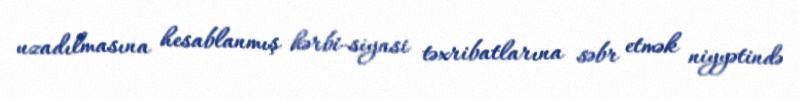
uzadılmasına hesablanmış hərbi-siyasi təxribatlarına səbr etmək niyyətində